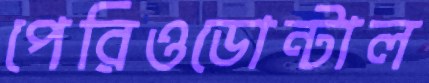
পেরিওডোন্টাল